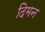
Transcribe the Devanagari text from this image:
दिमन